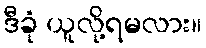
ဒီခုံ ယူလို့ရမလား။